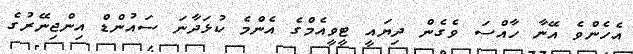
އެހެންވެ އޭނާ ހާއްސަ ވެގެން ދިޔައީ ޓީވީއެމްގެ އެންމެ ކުޅަދާނަ ސައުންޑް އިންޖިނޭރުގެ